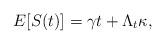
LaTeX: \begin{align*}E[S(t)]=\gamma t+\Lambda_t\kappa,\end{align*}